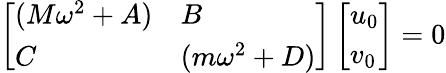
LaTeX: \left[\begin{array}{ll}{(M\omega^{2}+A)}&{B}\\ {C}&{(m\omega^{2}+D)}\end{array}\right]\left[\begin{array}{l}{u_{0}}\\ {v_{0}}\end{array}\right]=0